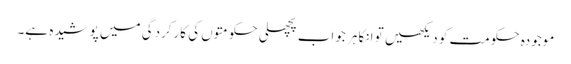
موجودہ حکومت کو دیکھیں تو انکا ہر جواب پچھلی حکومتوں کی کارکردگی میں پوشیدہ ہے۔